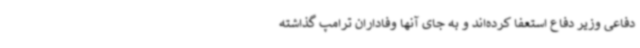
دفاعی وزیر دفاع استعفا کرده‌اند و به جای آنها وفاداران ترامپ گذاشته